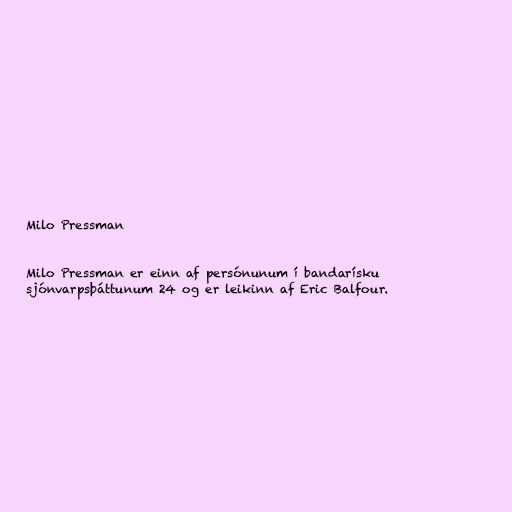
Milo Pressman

Milo Pressman er einn af persónunum í bandarísku
sjónvarpsþáttunum 24 og er leikinn af Eric Balfour.